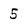
Character: 5